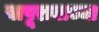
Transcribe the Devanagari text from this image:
बापूरावाच्या